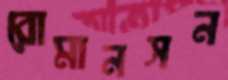
রোমানসন